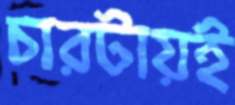
চারটায়ই